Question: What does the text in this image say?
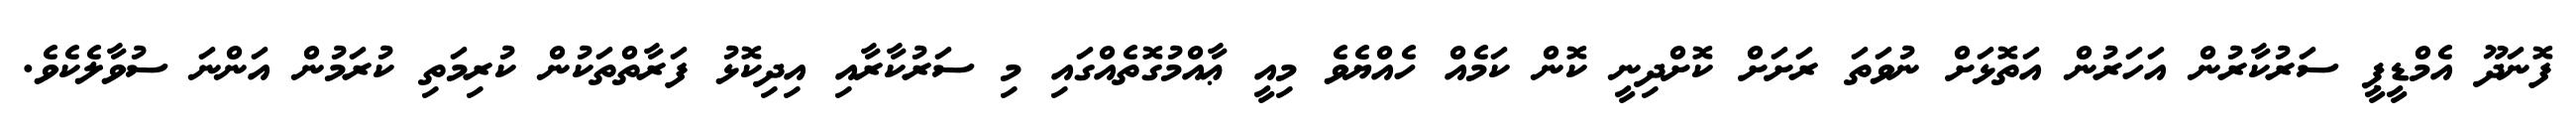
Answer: ފޮނަދޫ އެމްޑީޕީ ސަރުކާރުން އަހަރުން އަތޮޅަށް ނުވަތަ ރަށަށް ކޮށްދިނީ ކޮން ކަމެއް ހެއްޔެވެ މިއީ ޢާއްމުގޮތެއްގައި މި ސަރުކާރާއި އިދިކޮޅު ފަރާތްތަކުން ކުރިމަތި ކުރަމުން އަންނަ ސުވާލެކެވެ.